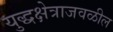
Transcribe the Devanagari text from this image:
युद्धक्षेत्राजवळील